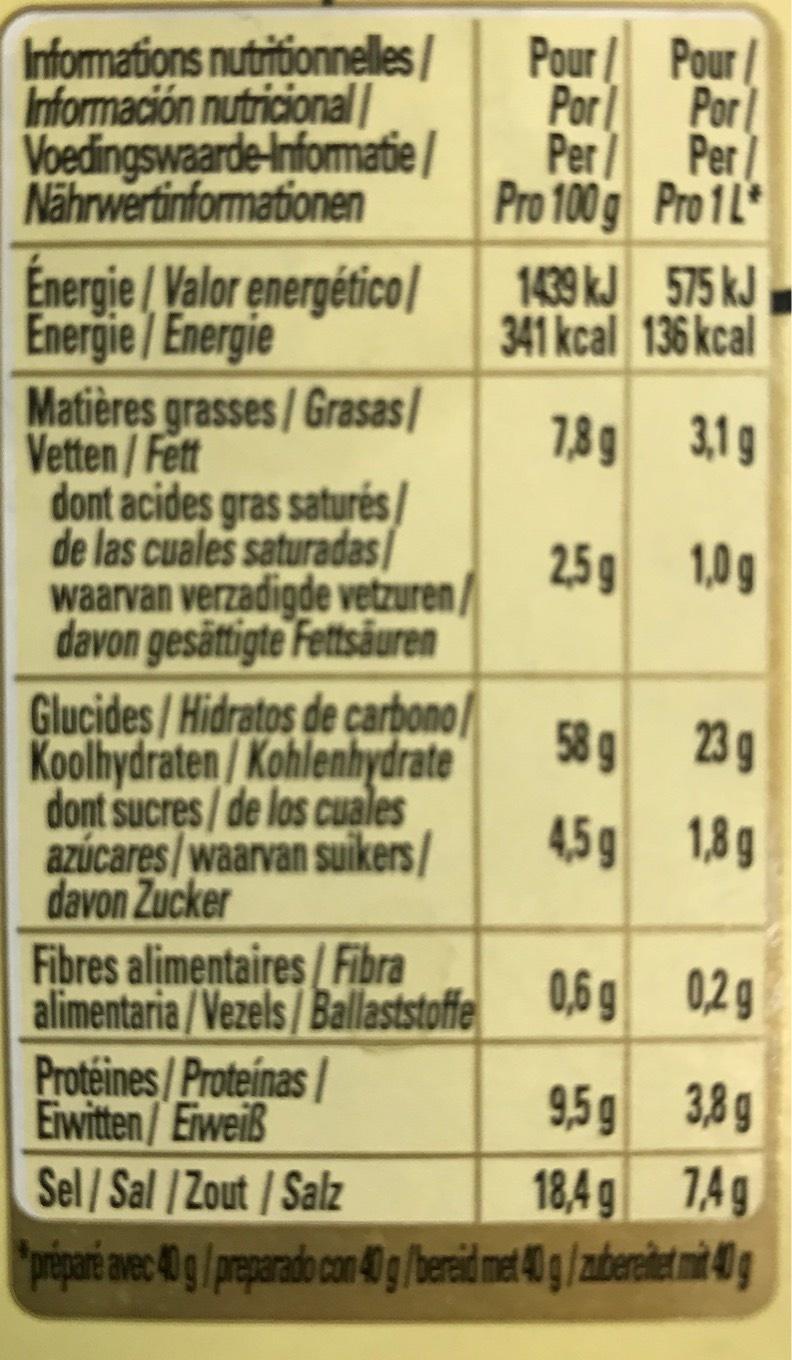
Informations nutritionnelles/ Información nutricional Voedingswaarde-Informatie/ Nährwertinformationen
Énergie/Valor energético| Energie/Energie
Matières grasses/Grasas/ Vetten/Fett
dont acides gras saturés/ de las cuales saturadas/ waarvan verzadigde vetzuren davon gesättigte Fettsäuren
Glucides/Hidratos de carbono Koolhydraten/Kohlenhydrate dont sucres/de los cuales azúcares/waarvan suikers/ davon Zucker
Fibres alimentaires/ Fibra alimentaria/Vezels/Ballaststoffe
Protéines/Proteínas/ Eiwitten/Eiweiß
Pour
Por Per/
Pro 100 g
1439 kJ
341 kcal
7,8 g
2,5g
58 g
4,5 g
0,6 g
Pour
Por Per/
Pro 1L*
575 kJ
136 kcal
3,1 g
1,0g
23 g
1,8 g
0,2 g
9,5g
3,8g
Sel/Sal / Zout/Salz
18,4 g
7,4g
"préparé avec 40 g / preparado con 40 g /bereid met 40 g / zubereitet mit 40 g